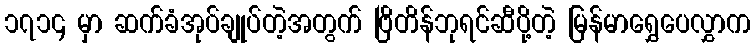
၁၇၁၄ မှာ ဆက်ခံအုပ်ချုပ်တဲ့အတွက် ဗြိတိန်ဘုရင်ဆီပို့တဲ့ မြန်မာရွှေပေလွှာက